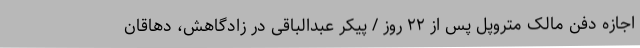
اجازه دفن مالک متروپل پس از ۲۲ روز / پیکر عبدالباقی در زادگاهش، دهاقان